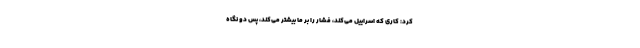
کرد: کاری که اسراییل می‌کند، فشار را بر ما بیشتر می‌کند، پس دو نگاه